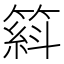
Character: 𥱦